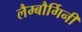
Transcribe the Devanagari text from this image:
लैम्बौर्गिनी